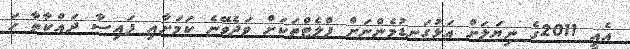
އެއީ 2011ގެ ނިޔަލަށް އަޅުގަނޑުމެންނަށް ފްލެޓްތަކަށް ވަދެވޭނެ ކަމަށާއި ފައިސާ ދައްކާތާ ހަ